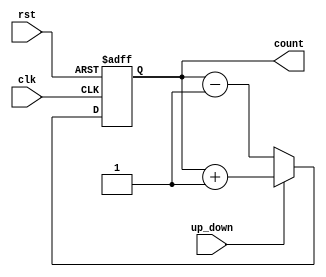
module up_down_counter (
    input wire clk,            // Clock signal
    input wire rst,            // Asynchronous reset
    input wire up_down,        // Up/Down control signal
    output reg [3:0] count     // 4-bit count output
);

    // Asynchronous reset and counting logic
    always @(posedge clk or posedge rst) begin
        if (rst) begin
            count <= 4'b0000;  // Reset count to 0
        end else begin
            if (up_down) begin
                // Count up
                count <= count + 1;
            end else begin
                // Count down
                count <= count - 1;
            end
        end
    end

endmodule